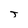
Character: J